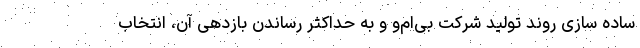
ساده سازی روند تولید شرکت بی‌ام‌و و به حداکثر رساندن بازدهی آن، انتخاب